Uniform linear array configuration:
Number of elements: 64
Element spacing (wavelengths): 1
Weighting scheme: exponential
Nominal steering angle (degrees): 60
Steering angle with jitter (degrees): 59.562
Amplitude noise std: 0.05
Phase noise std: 0.05

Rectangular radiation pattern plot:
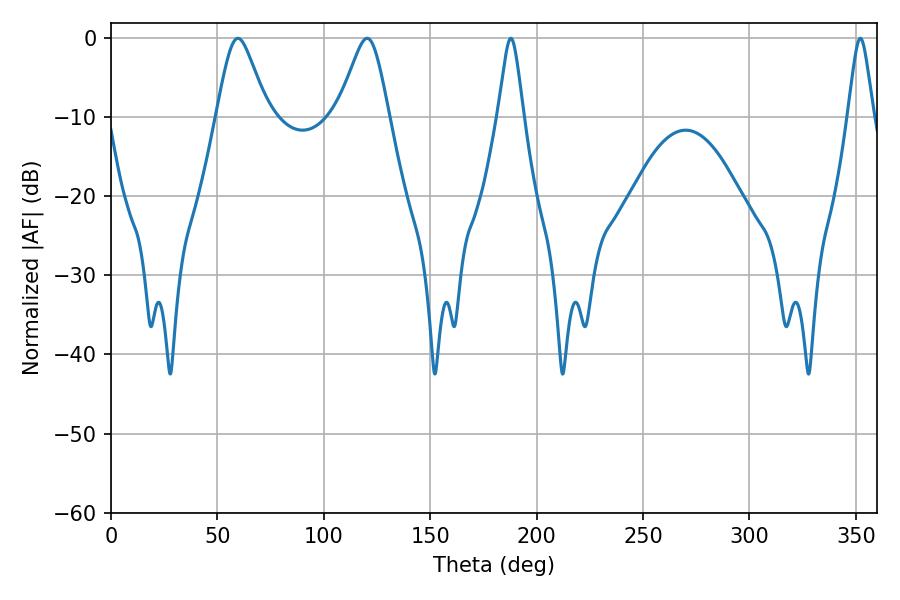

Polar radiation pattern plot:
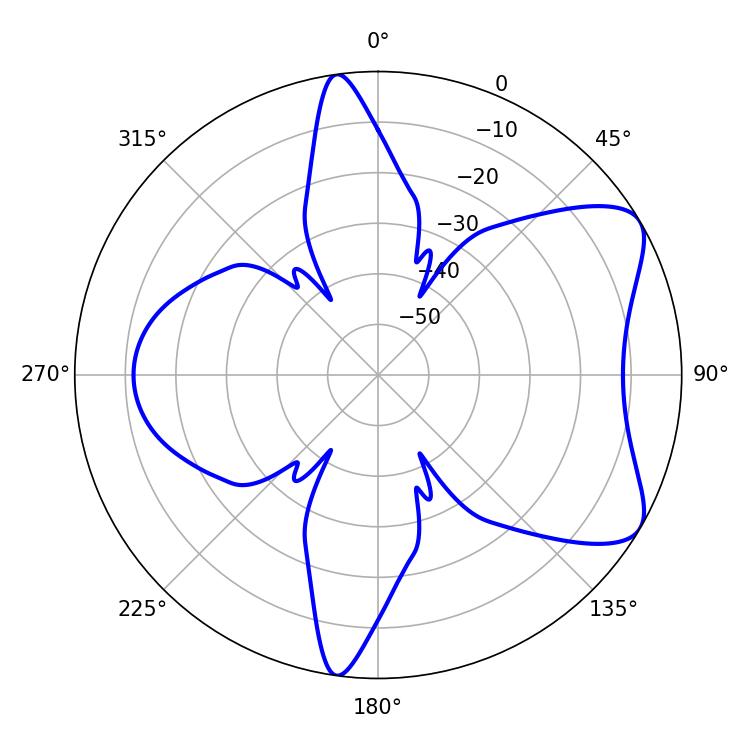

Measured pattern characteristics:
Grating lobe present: TRUE
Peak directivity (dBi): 7.171
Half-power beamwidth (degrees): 11.7
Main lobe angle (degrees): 120.42